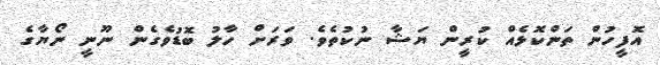
އޮފީހުން ތަންކޮޅެއް ކުރީން ޔަޝާ ނުކުތެވެ. ވަރަށް ހާލު ބޮޑުވެގެން ނޫނީ ނޯޔާގެ